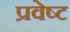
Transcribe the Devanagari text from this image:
प्रवेष्ट